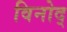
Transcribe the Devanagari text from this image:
विनोद्